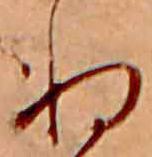
ぬ